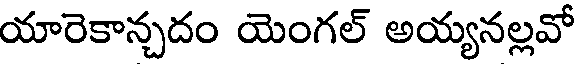
యారెకాన్చదం యెంగల్ అయ్యనల్లవో